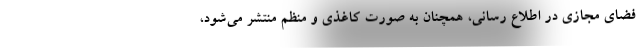
فضای مجازی در اطلاع رسانی، همچنان به صورت کاغذی و منظم منتشر می‌شود،